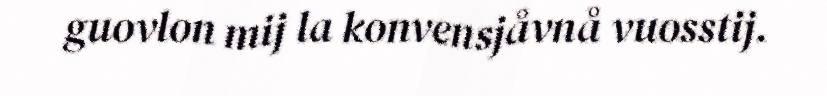
guovlon mij la konvensjåvnå vuosstij.